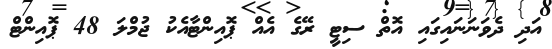
އަދި ދެވަނަނައިގައި އޮތް ސިޓީ ރޭގެ އެއް ޕޮއިންޓާއެކު ޖުމްލަ 48 ޕޮއިންޓް